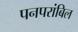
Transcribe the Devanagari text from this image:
पनपरांबिल